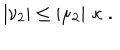
\left| \nu _ { 2 } \right| \leq \left| \mu _ { 2 } \right| \, \kappa \; .